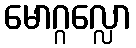
မောဂ္ဂလ္လော